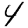
Digit: 4